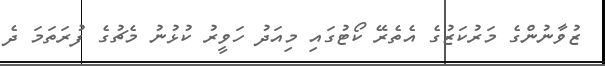
ޒުވާނުންގެ މަރުކަޒުގެ އެތެރޭ ކޯޓުގައި މިއަދު ހަވީރު ކުޅުނު މެޗުގެ ފުރަތަމަ ދެ